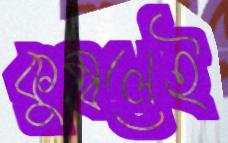
কুম্বলেই